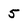
Character: 5